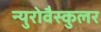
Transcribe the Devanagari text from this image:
न्युरोवैस्कुलर